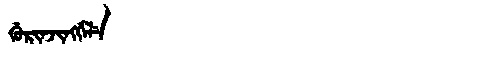
Manchu: ᡤᡠᡵᡳᠨᠵᡳᠩᡤᡝᠯᡝ
Romanization: GURINJINGGELE